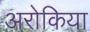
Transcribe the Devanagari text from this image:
अरोकिया